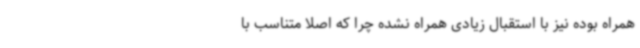
همراه بوده نیز با استقبال زیادی همراه نشده چرا که اصلاً متناسب با